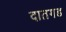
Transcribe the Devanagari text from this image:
दातगड